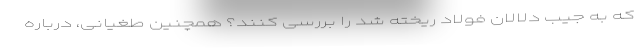
که به جیب دلالان فولاد ریخته شد را بررسی کنند؟ همچنین طغیانی، درباره